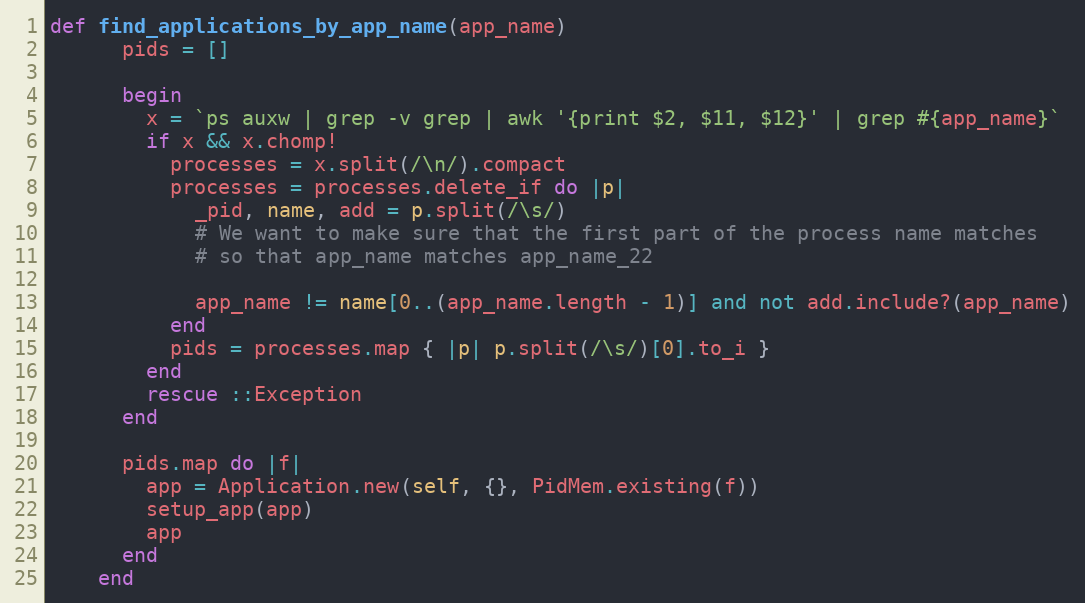
Language: Ruby
def find_applications_by_app_name(app_name)
      pids = []

      begin
        x = `ps auxw | grep -v grep | awk '{print $2, $11, $12}' | grep #{app_name}`
        if x && x.chomp!
          processes = x.split(/\n/).compact
          processes = processes.delete_if do |p|
            _pid, name, add = p.split(/\s/)
            # We want to make sure that the first part of the process name matches
            # so that app_name matches app_name_22

            app_name != name[0..(app_name.length - 1)] and not add.include?(app_name)
          end
          pids = processes.map { |p| p.split(/\s/)[0].to_i }
        end
        rescue ::Exception
      end

      pids.map do |f|
        app = Application.new(self, {}, PidMem.existing(f))
        setup_app(app)
        app
      end
    end